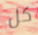
كل